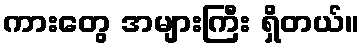
ကားတွေ အများကြီး ရှိတယ်။